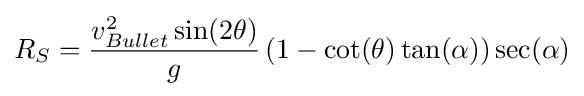
R_{S}={\frac {v_{Bullet}^{2}\sin(2\theta )}{g}}\,(1-\cot(\theta )\tan(\alpha ))\sec(\alpha )